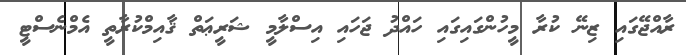
ރާއްޖޭގައި ޒިނޭ ކުރާ މީހުންގައިގައި ހައްދު ޖަހައި އިސްލާމީ ޝަރީޢަތް ޤާއިމްކުރާތީ އެމްނެސްޓީ